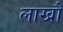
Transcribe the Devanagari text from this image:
लाखौ